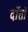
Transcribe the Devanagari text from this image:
दॉत्तॉ